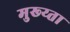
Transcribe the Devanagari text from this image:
मुख्य्ता